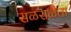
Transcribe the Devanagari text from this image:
सळसळता